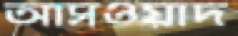
আসওয়াদ